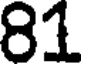
81